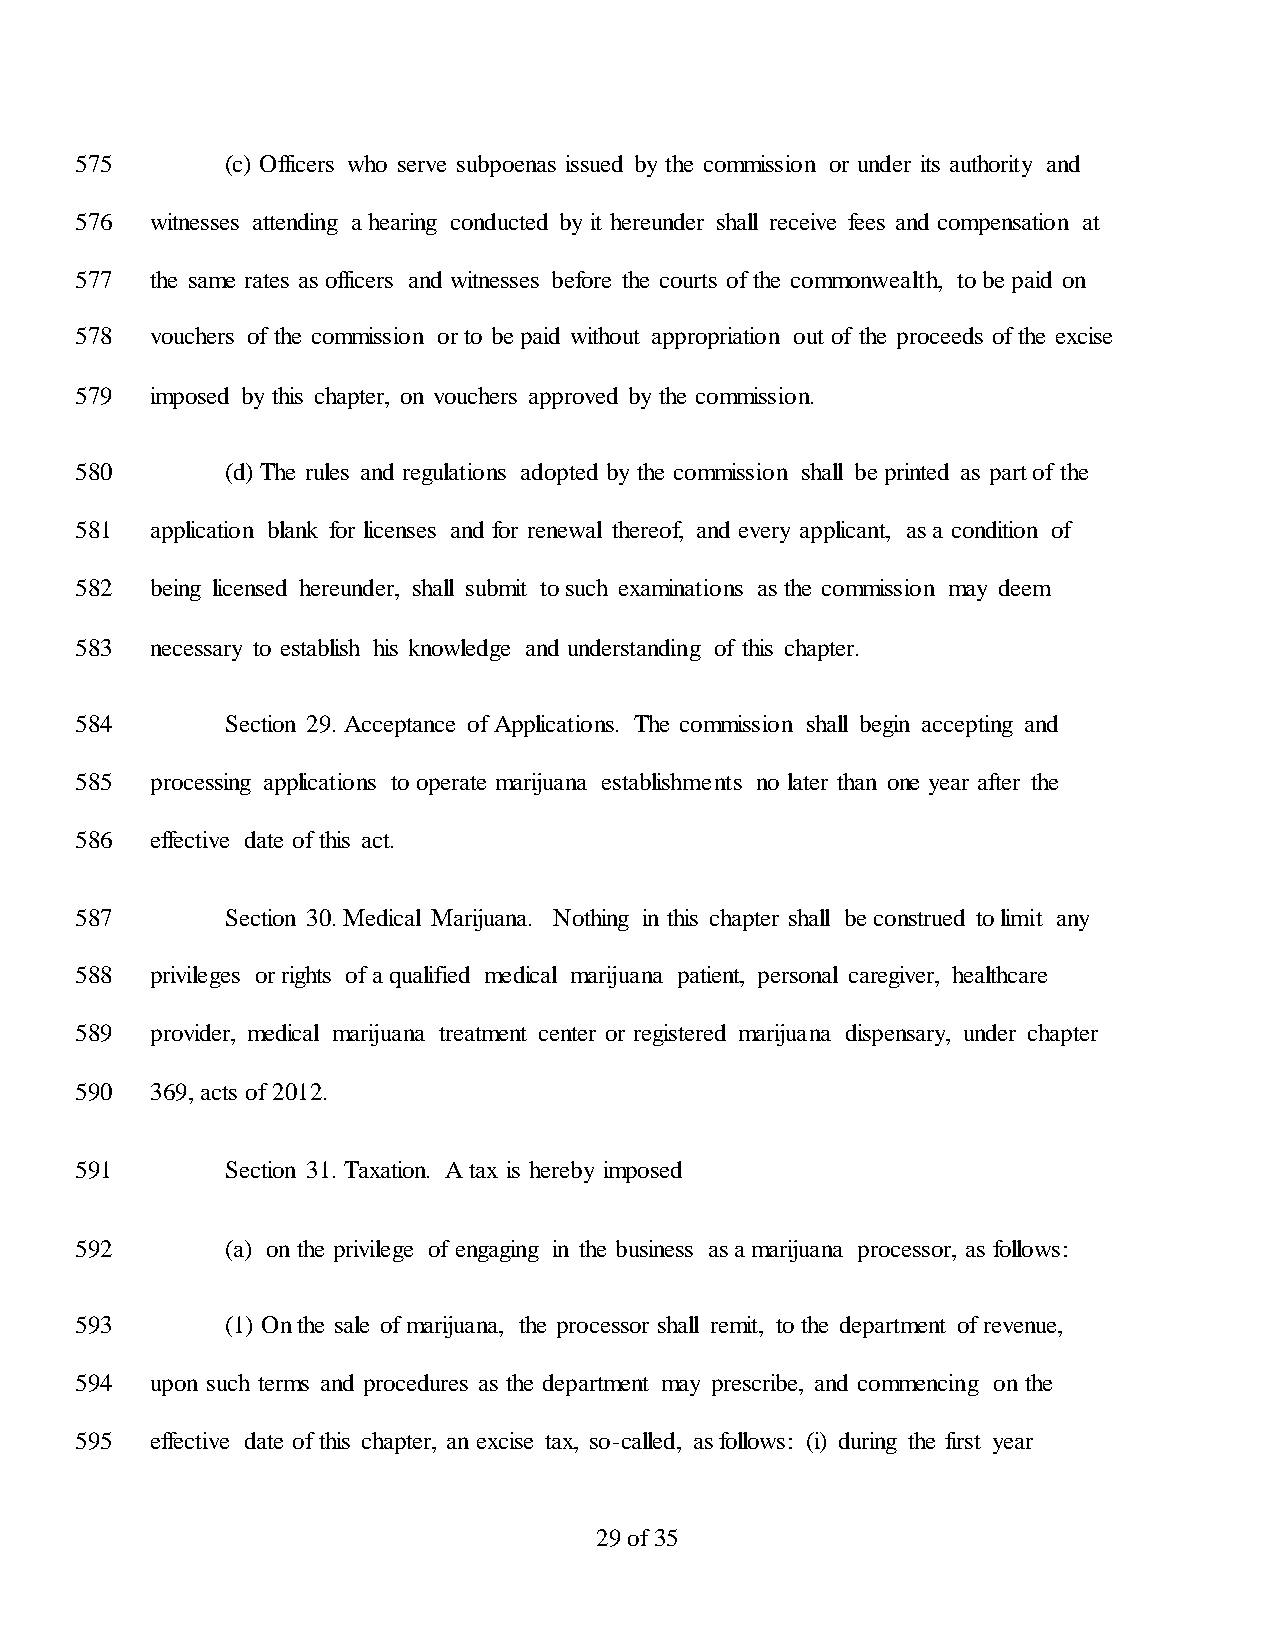
575       (c) Officers who serve subpoenas issued by the commission or under its authority and
 576  witnesses attending a hearing conducted by it hereunder shall receive fees and compensation at
 577  the same rates as officers and witnesses before the courts of the commonwealth, to be paid on
 578  vouchers of the commission or to be paid without appropriation out of the proceeds of the excise
 579  imposed by this chapter, on vouchers approved by the commission.
 580       (d) The rules and regulations adopted by the commission shall be printed as part of the
 581  application blank for licenses and for renewal thereof, and every applicant, as a condition of
 582  being licensed hereunder, shall submit to such examinations as the commission may deem
 583  necessary to establish his knowledge and understanding of this chapter.
 584       Section 29. Acceptance of Applications. The commission shall begin accepting and
 585  processing applications to operate marijuana establishments no later than one year after the
 586  effective date of this act.
 587       Section 30. Medical Marijuana. Nothing in this chapter shall be construed to limit any
 588  privileges or rights of a qualified medical marijuana patient, personal caregiver, healthcare
 589  provider, medical marijuana treatment center or registered marijuana dispensary, under chapter
 590  369, acts of 2012.
 591       Section 31. Taxation. A tax is hereby imposed
 592       (a) on the privilege of engaging in the business as a marijuana processor, as follows:
 593       (1) On the sale of marijuana, the processor shall remit, to the department of revenue,
 594  upon such terms and procedures as the department may prescribe, and commencing on the
 595  effective date of this chapter, an excise tax, so-called, as follows: (i) during the first year
 29 of 35